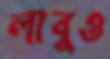
লাবুও